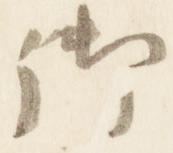
御